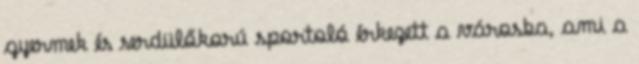
gyermek és serdülőkorú sportoló érkezett a városba, ami a